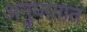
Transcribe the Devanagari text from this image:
अनुपातात